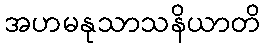
အဟမနုသာသနိယာတိ